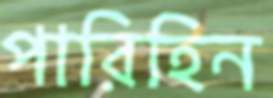
পারিহিন